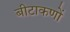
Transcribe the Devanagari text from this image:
बीटाकणों